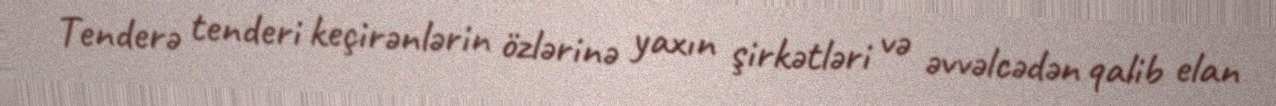
Tenderə tenderi keçirənlərin özlərinə yaxın şirkətləri və əvvəlcədən qalib elan